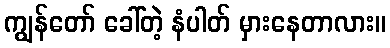
ကျွန်တော် ခေါ်တဲ့ နံပါတ် မှားနေတာလား။